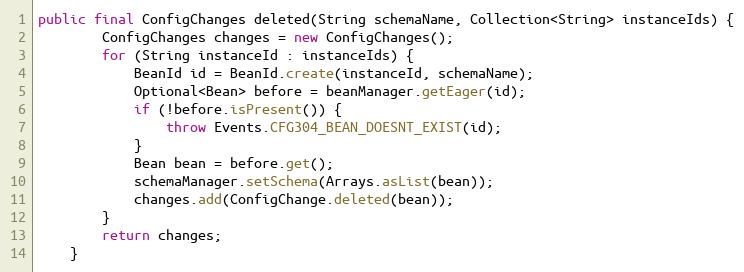
Language: Java
public final ConfigChanges deleted(String schemaName, Collection<String> instanceIds) {
        ConfigChanges changes = new ConfigChanges();
        for (String instanceId : instanceIds) {
            BeanId id = BeanId.create(instanceId, schemaName);
            Optional<Bean> before = beanManager.getEager(id);
            if (!before.isPresent()) {
                throw Events.CFG304_BEAN_DOESNT_EXIST(id);
            }
            Bean bean = before.get();
            schemaManager.setSchema(Arrays.asList(bean));
            changes.add(ConfigChange.deleted(bean));
        }
        return changes;
    }